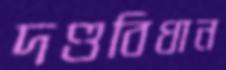
দণ্ডবিধান